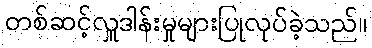
တစ်ဆင့်လှူဒါန်းမှုများပြုလုပ်ခဲ့သည်။